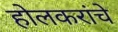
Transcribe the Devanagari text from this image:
होलकरांचे